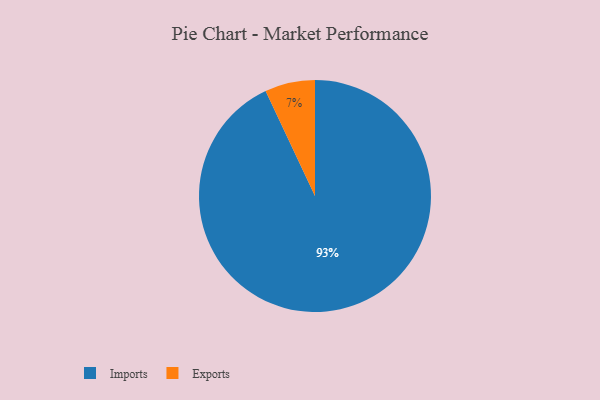
{"axis": {"x": "Category", "y": "Percentage"}, "legend": ["Exports", "Imports"], "data": [{"x": "Exports", "y": 7, "type": "Exports"}, {"x": "Imports", "y": 93, "type": "Imports"}]}